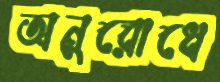
অনুরোধে